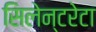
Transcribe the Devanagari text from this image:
सिलेन्टरेटा